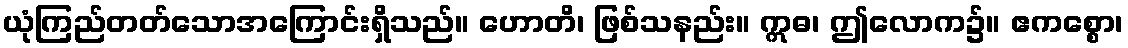
ယုံကြည်တတ်သောအကြောင်းရှိသည်။ ဟောတိ၊ ဖြစ်သနည်း။ ဣဓ၊ ဤလောက၌။ ဧကစ္စော၊